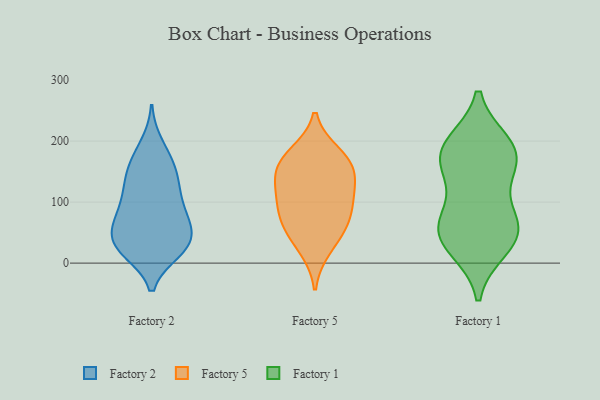
{"axis": {"x": "Revenue (USD Million)", "y": "Value"}, "legend": ["Factory 1", "Factory 2", "Factory 5"], "data": [{"x": "", "y": 65, "type": "Factory 2"}, {"x": "", "y": 34, "type": "Factory 2"}, {"x": "", "y": 175, "type": "Factory 2"}, {"x": "", "y": 194, "type": "Factory 2"}, {"x": "", "y": 20, "type": "Factory 2"}, {"x": "", "y": 28, "type": "Factory 2"}, {"x": "", "y": 22, "type": "Factory 2"}, {"x": "", "y": 115, "type": "Factory 2"}, {"x": "", "y": 21, "type": "Factory 2"}, {"x": "", "y": 68, "type": "Factory 2"}, {"x": "", "y": 162, "type": "Factory 2"}, {"x": "", "y": 95, "type": "Factory 2"}, {"x": "", "y": 58, "type": "Factory 2"}, {"x": "", "y": 94, "type": "Factory 2"}, {"x": "", "y": 137, "type": "Factory 2"}, {"x": "", "y": 143, "type": "Factory 2"}, {"x": "", "y": 46, "type": "Factory 2"}, {"x": "", "y": 137, "type": "Factory 2"}, {"x": "", "y": 80, "type": "Factory 2"}, {"x": "", "y": 31, "type": "Factory 2"}, {"x": "", "y": 117, "type": "Factory 5"}, {"x": "", "y": 96, "type": "Factory 5"}, {"x": "", "y": 148, "type": "Factory 5"}, {"x": "", "y": 53, "type": "Factory 5"}, {"x": "", "y": 24, "type": "Factory 5"}, {"x": "", "y": 166, "type": "Factory 5"}, {"x": "", "y": 164, "type": "Factory 5"}, {"x": "", "y": 126, "type": "Factory 5"}, {"x": "", "y": 81, "type": "Factory 5"}, {"x": "", "y": 65, "type": "Factory 5"}, {"x": "", "y": 179, "type": "Factory 5"}, {"x": "", "y": 195, "type": "Factory 1"}, {"x": "", "y": 161, "type": "Factory 1"}, {"x": "", "y": 178, "type": "Factory 1"}, {"x": "", "y": 56, "type": "Factory 1"}, {"x": "", "y": 68, "type": "Factory 1"}, {"x": "", "y": 192, "type": "Factory 1"}, {"x": "", "y": 32, "type": "Factory 1"}, {"x": "", "y": 25, "type": "Factory 1"}, {"x": "", "y": 56, "type": "Factory 1"}, {"x": "", "y": 66, "type": "Factory 1"}, {"x": "", "y": 136, "type": "Factory 1"}, {"x": "", "y": 177, "type": "Factory 1"}]}